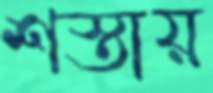
শস্তায়